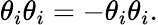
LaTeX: \theta_{i}\theta_{i}=-\theta_{i}\theta_{i}.